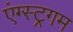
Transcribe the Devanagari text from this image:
एंग्स्ट्रगम